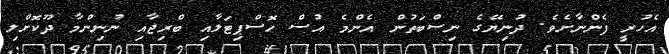
އެހުރީ ފެންނާށެވެ. ދުނިޔޭގެ ނިސްބަތުން އެންމެ އުސް ހޮސްޕިޓަލާއި ބްރިޖާއި ނުނިންމާ ދޫކޮށްލި